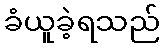
ခံယူခဲ့ရသည်